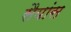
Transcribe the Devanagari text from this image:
सैयांस